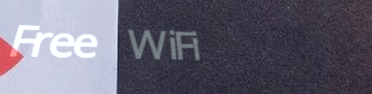
Free WiFi